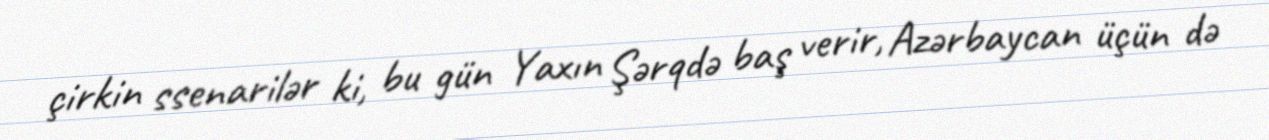
çirkin ssenarilər ki, bu gün Yaxın Şərqdə baş verir, Azərbaycan üçün də